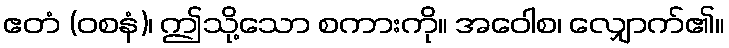
ဧတံ (ဝစနံ)၊ ဤသို့သော စကားကို။ အဝေါစ၊ လျှောက်၏။